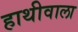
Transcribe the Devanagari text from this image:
हाथीवाला